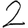
Digit: 2